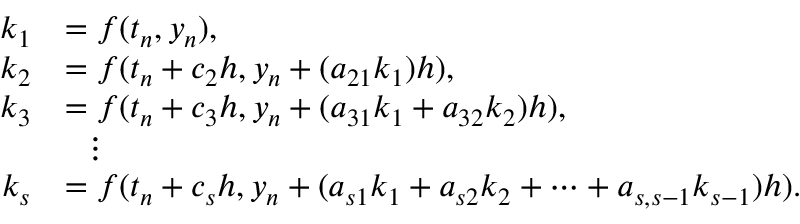
{ \begin{array} { r l } { k _ { 1 } } & { = f ( t _ { n } , y _ { n } ) , } \\ { k _ { 2 } } & { = f ( t _ { n } + c _ { 2 } h , y _ { n } + ( a _ { 2 1 } k _ { 1 } ) h ) , } \\ { k _ { 3 } } & { = f ( t _ { n } + c _ { 3 } h , y _ { n } + ( a _ { 3 1 } k _ { 1 } + a _ { 3 2 } k _ { 2 } ) h ) , } \\ & { \ \ \vdots } \\ { k _ { s } } & { = f ( t _ { n } + c _ { s } h , y _ { n } + ( a _ { s 1 } k _ { 1 } + a _ { s 2 } k _ { 2 } + \cdots + a _ { s , s - 1 } k _ { s - 1 } ) h ) . } \end{array} }